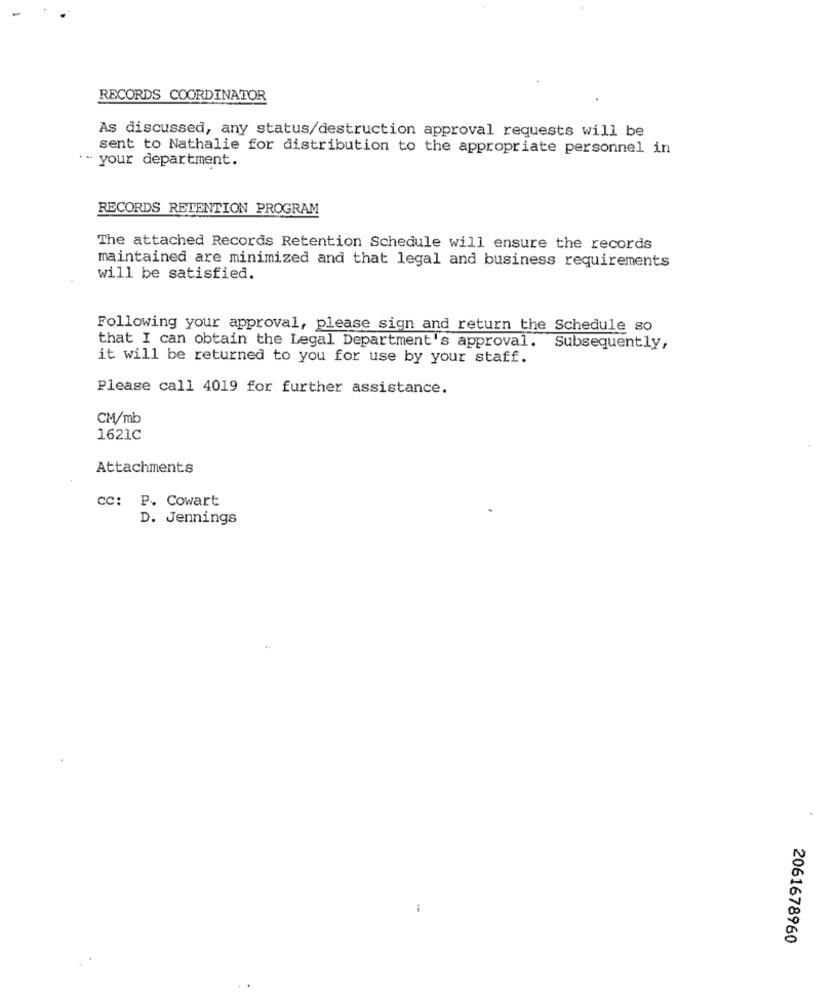
RECORDS COORDINATOR
As discussed, any status/destruction approval requests will be
sent to Nathalie for distribution to the appropriate personnel in
·· your department.
RECORDS RETENTION PROGRAM
The attached Records Retention Schedule will ensure the records
maintained are minimized and that legal and business requirements
will be satisfied.
Following your approval, please sign and return the Schedule so
that I can obtain the Legal Department's approval.
Subsequently,
it will be returned to you for use by your staff.
Please call 4019 for further assistance.
CM/mb
1621C
Attachments
CC: P. Cowart
D. Jennings
2061678960